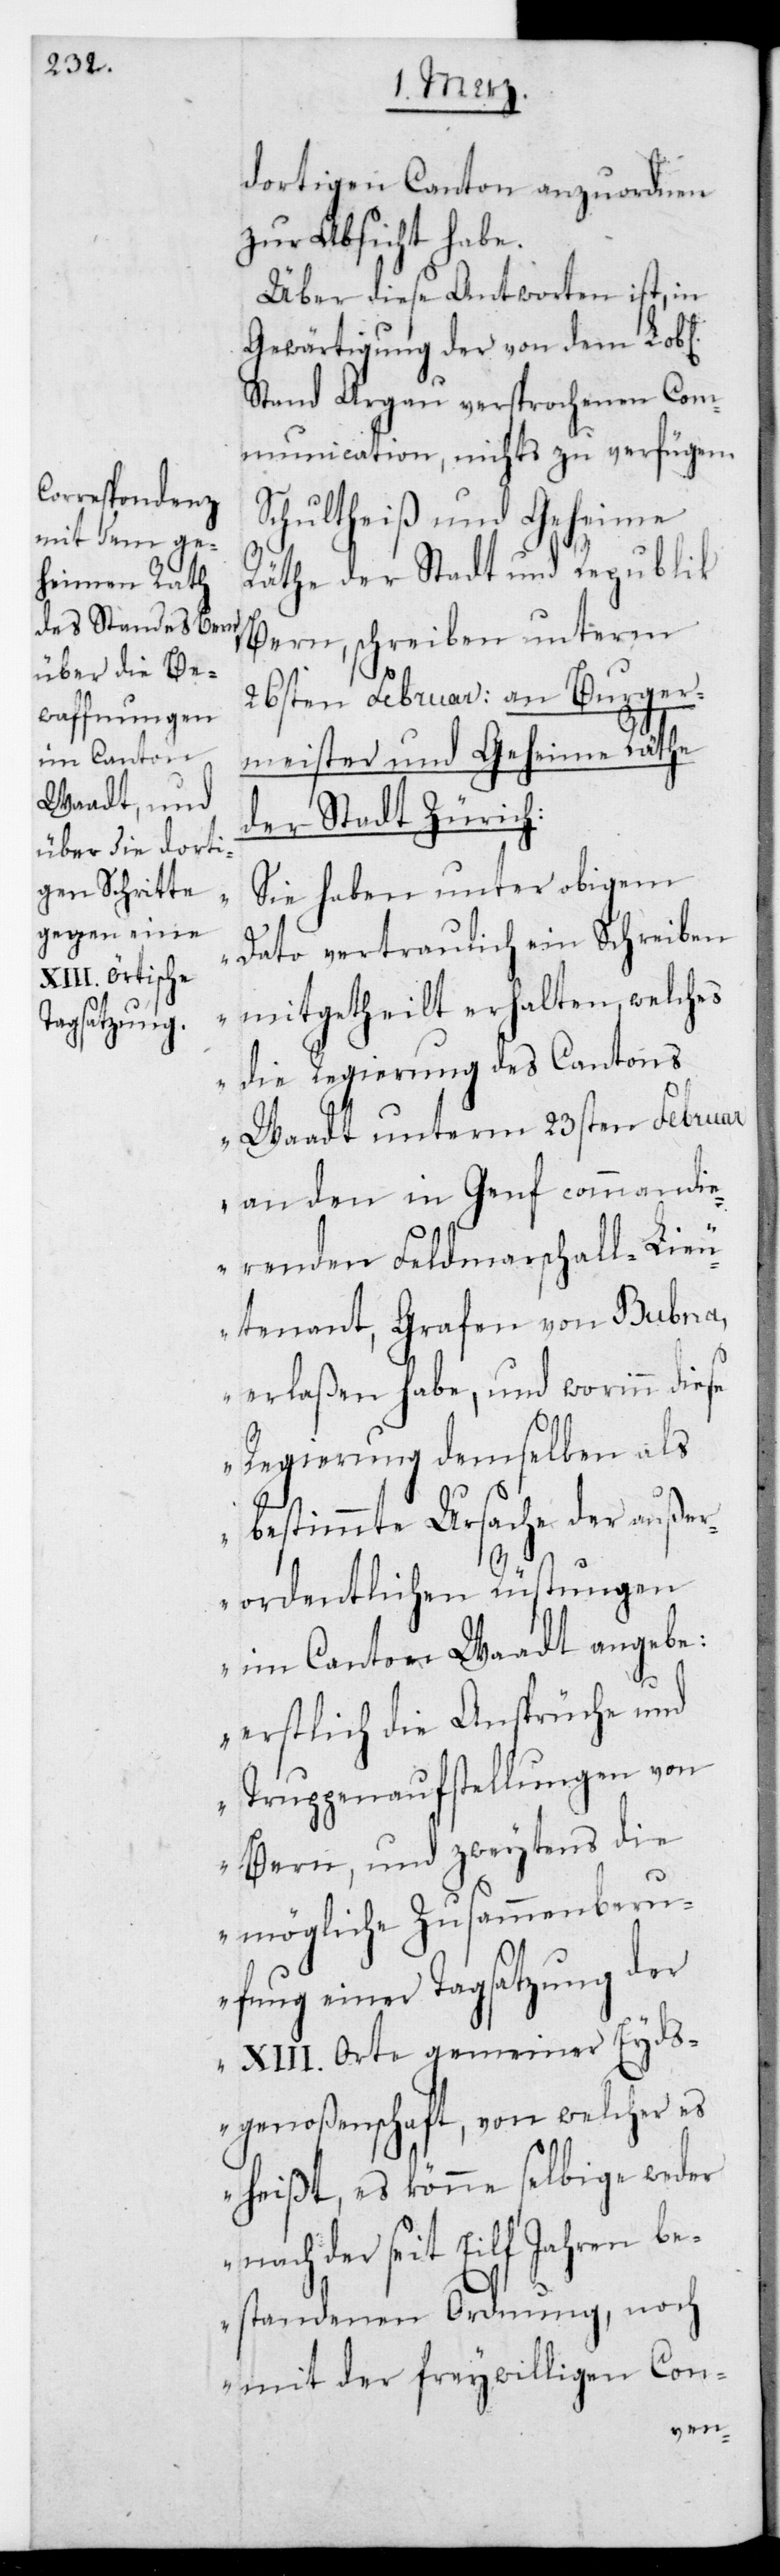
dortigen Canton anzuordnen
zur Absicht habe.
Über die Antworten ist, in
Gewärtigung der von dem L.
Stand Argau versprochenen Com¬
munication nichts zu verfügen.
Schulheiß und Geheime
Räthe der Stadt und Republik
Bern schreiben unterm
26sten Februar: an Burger¬
meister und Geheime Räthe
der Stadt Zürich:
„Sie haben unter obigem
Dato vertraulich ein Schreiben
mitgetheilt erhalten, welches
die Regierung des Cantons
Waadt unterm 23sten Februar
an den in Genf comandi¬
erenden Feldmarschall-Lieu¬
tenant, Grafen von Bubna,
erlaßen habe, und worinn diese
Regierung demselben als
bestimmte Ursache der außer¬
ordentlichen Rüstungen
im Canton Waadt angebe:
Erstlich die Ansprüche und
Truppenaufstellungen von
Bern, und zweytens die
mögliche Zusammenberu¬
fung einer Tagsatzung der
XIII. Orte gemeiner Eyds¬
genoßenschaft, von welcher es
heißt, es könne selbige weder
nach der seit Eilf Jahren be¬
standenen Ordnung, noch
mit der freywilligen Con-